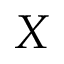
X